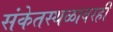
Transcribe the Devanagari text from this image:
संकेतस्थळावरही